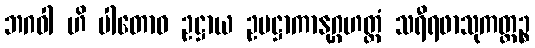
ဘဂဝါ ဟိ ပါတောဝ ဥဋ္ဌာယ ဥပဋ္ဌာကာနုဂ္ဂဟတ္ထံ သရီရဖာသုကတ္ထဉ္စ